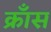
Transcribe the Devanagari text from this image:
क्राँस